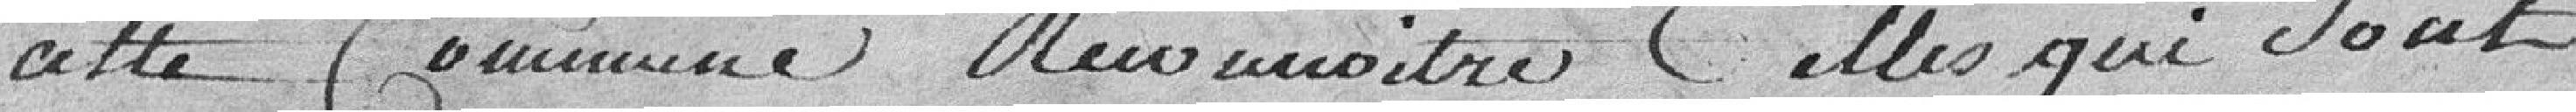
cette commune ...... celles qui sont